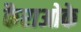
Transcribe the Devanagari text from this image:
कैराओके